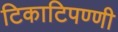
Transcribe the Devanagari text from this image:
टिकाटिपण्णी